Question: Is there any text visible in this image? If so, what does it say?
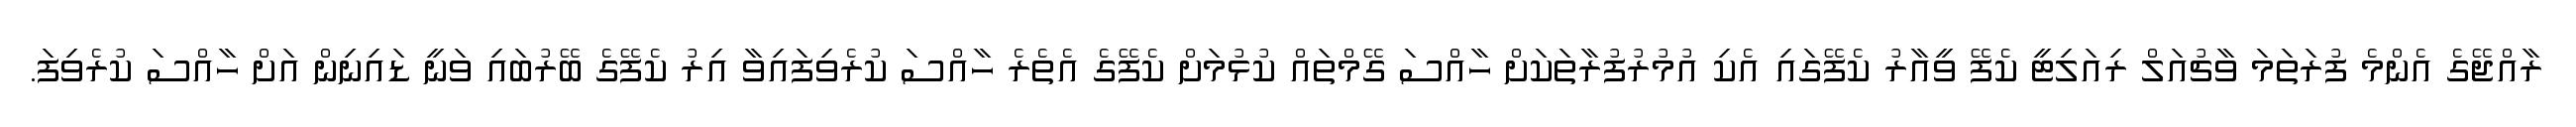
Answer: ރާއްޖޭގެ އެންމެ ފުރަތަމަ ވާޗުއަލް ރިއަލިޓީ ކެފޭ ވީއާރު ކެފޭގައި އެކި އުމުރުފުރާތަކަށް ހާއްސަ ގޭމްތައް ކުޅުމަށް ކެފޭގެ އެތެރެ ހާއްސަ ކުރެވިފައިވާ އިރު ކެފޭގެ ބޭރުބައި ވަނީ ޑައިނިން އަށް ހާއްސަ ކުރެވިފަ.